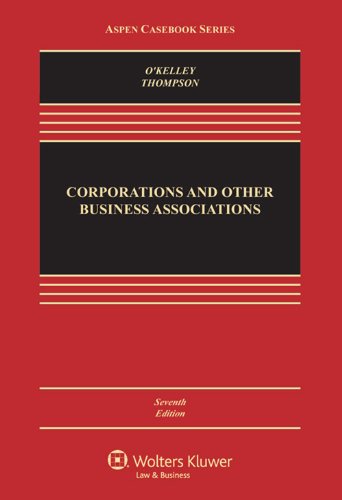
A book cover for Corporations & Other Business Associations: Cases & Materials, Seventh Edition (Aspen Casebook); Charles R.T. O'Kelley; Law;